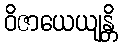
ဝိဇာယေယျန္တိ